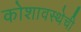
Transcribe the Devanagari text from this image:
कोशावस्थेची